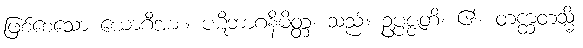
ဖြစ်စေသော ယောဂီအား။ ပဋိဘာဂနိမိတ္တံ၊ သည်။ ဥပ္ပဇ္ဇတိ၊ ၏။ တက္ထတသ္မိံ